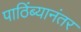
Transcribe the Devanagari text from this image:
पाठिंब्यानंतर